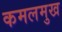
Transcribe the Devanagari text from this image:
कमलमुख